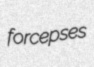
forcepses